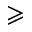
\geqslant